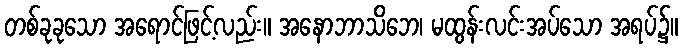
တစ်ခုခုသော အရောင်ဖြင့်လည်း။ အနောဘာသိဘေ၊ မထွန်းလင်းအပ်သော အရပ်၌။